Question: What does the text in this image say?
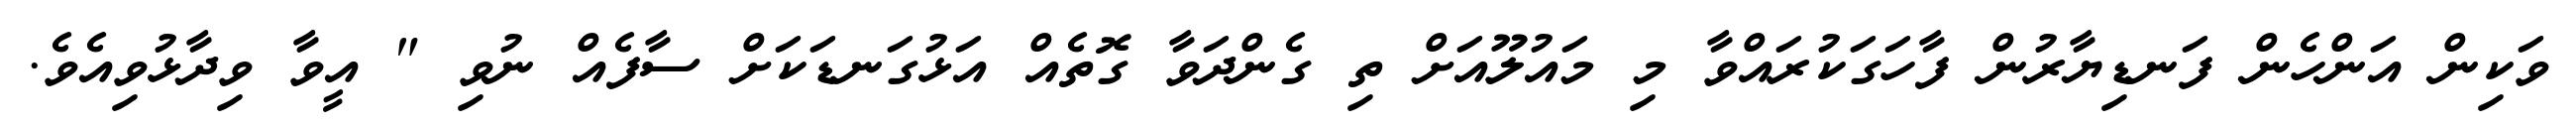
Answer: ވަކިން އަންހެން ފަނޑިޔާރުން ފާހަގަކުރައްވާ މި މައުލޫއަށް ތި ގެންދަވާ ގޮތެއް އަޅުގަނޑަކަށް ސާފެއް ނުވި " އީވާ ވިދާޅުވިއެވެ.